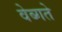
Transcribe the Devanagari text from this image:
वेब्गते